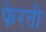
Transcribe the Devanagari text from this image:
फेरती